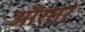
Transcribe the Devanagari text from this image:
ऑरतर